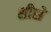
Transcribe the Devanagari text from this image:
शीसे